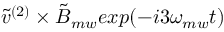
\tilde { v } ^ { ( 2 ) } \times \tilde { B } _ { m w } e x p ( - i 3 \omega _ { m w } t )